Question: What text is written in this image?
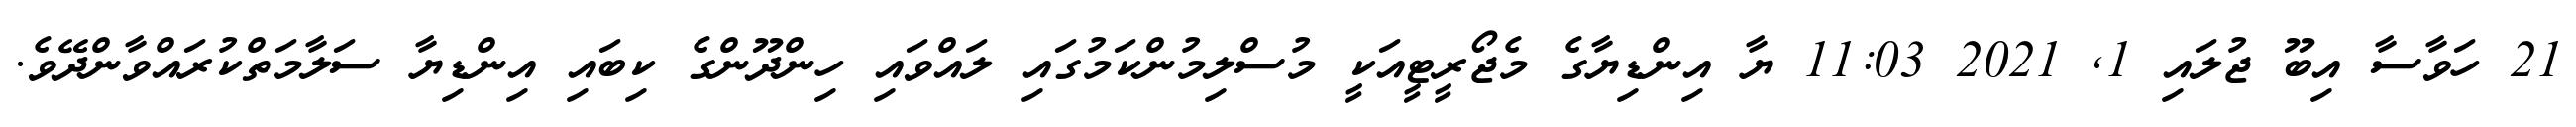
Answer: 21 ހަވާސާ އިބޫ ޖުލައި 1, 2021 11:03 ޔާ އިންޑިޔާގެ މެޖޯރީޓީއަކީ މުސްލިމުންކަމުގައި ލައްވައި ހިންދޫންގެ ކިބައި އިންޑިޔާ ސަލާމަތްކުރައްވާންދޭވެ.